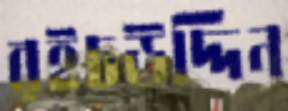
রইচউদ্দিন